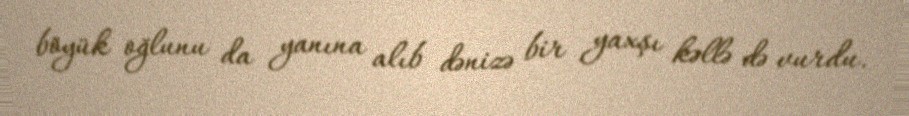
böyük oğlunu da yanına alıb dənizə bir yaxşı kəllə də vurdu.